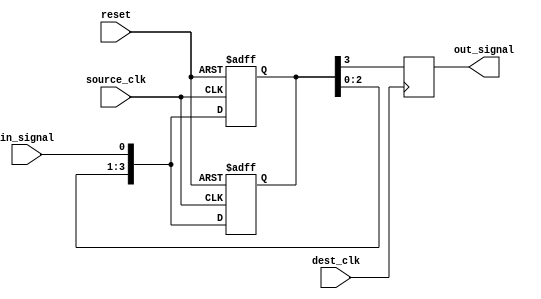
module four_flop_synchronizer (
    input wire source_clk,
    input wire dest_clk,
    input wire reset,
    input wire in_signal,
    output reg out_signal
);

reg [3:0] sync_signal;

always @(posedge source_clk or posedge reset) begin
    if (reset) begin
        sync_signal <= 4'b0000;
    end else begin
        sync_signal <= {sync_signal[2:0], in_signal};
    end
end

always @(posedge source_clk or posedge reset) begin
    if (reset) begin
        sync_signal <= 4'b0000;
    end else begin
        sync_signal <= {sync_signal[2:0], in_signal};
    end
end

always @(posedge dest_clk) begin
    out_signal <= sync_signal[3];
end

endmodule